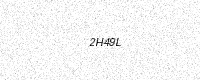
Text: 2H49L